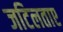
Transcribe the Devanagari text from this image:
जटिलताए